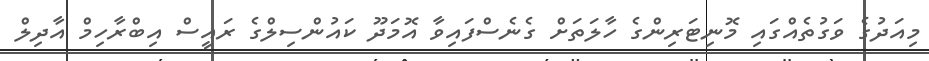
މިއަދުގެ ވަގުތެއްގައި މޮނިޓަރިންގެ ހާލަތަށް ގެނެސްފައިވާ އޮމަދޫ ކައުންސިލްގެ ރައީސް އިބްރާހިމް އާދިލް